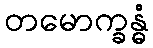
တမောက္ခန္ဓံ